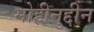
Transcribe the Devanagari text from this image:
मोहीनुद्दीन